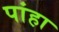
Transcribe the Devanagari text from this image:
पांहा